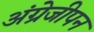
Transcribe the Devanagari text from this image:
अंग्रेजीपन